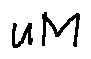
u M